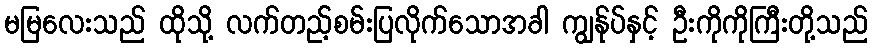
မမြလေးသည် ထိုသို့ လက်တည့်စမ်းပြလိုက်သောအခါ ကျွန်ုပ်နှင့် ဦးကိုကိုကြီးတို့သည်